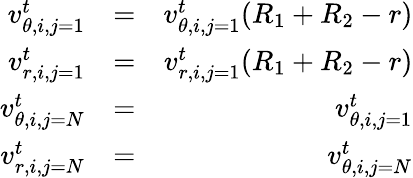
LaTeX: \begin{array}{rlr}{v_{\theta,i,j=1}^{t}}&{=}&{v_{\theta,i,j=1}^{t}(R_{1}+R_{2}-r)}\\ {v_{r,i,j=1}^{t}}&{=}&{v_{r,i,j=1}^{t}(R_{1}+R_{2}-r)}\\ {v_{\theta,i,j=N}^{t}}&{=}&{v_{\theta,i,j=1}^{t}}\\ {v_{r,i,j=N}^{t}}&{=}&{v_{\theta,i,j=N}^{t}}\end{array}